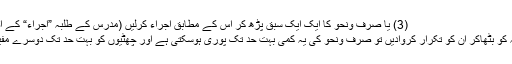
(3) یا صرف ونحو کا ایک ایک سبق پڑھ کر اس کے مطابق اجراء کرلیں (مدرس کے طلبہ ”اجراء“ کے اصطلاح سے بخوبی واقف ہیں)
(4) یا ابتدائی درجات کے طلبہ کو بٹھاکر ان کو تکرار کروادیں تو صرف ونحو کی یہ کمی بہت حد تک پوری ہوسکتی ہے اور چھٹیوں کو بہت حد تک دوسرے مفید کاموں میں لگایا جاسکتا ہے۔